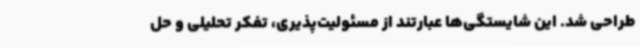
طراحی شد. این شایستگی‌ها عبارتند از مسئولیت‌پذیری، تفکر تحلیلی و حل